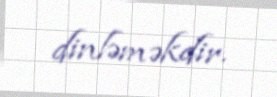
dinləməkdir.